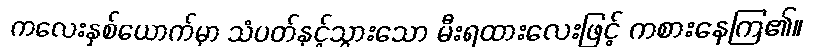
ကလေးနှစ်ယောက်မှာ သံပတ်နှင့်သွားသော မီးရထားလေးဖြင့် ကစားနေကြ၏။